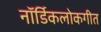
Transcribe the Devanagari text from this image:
नॉर्डिकलोकगीत